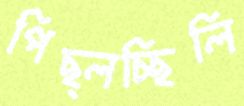
পিছ্‌লচ্ছিলি